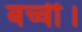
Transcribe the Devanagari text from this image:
बच्ची।